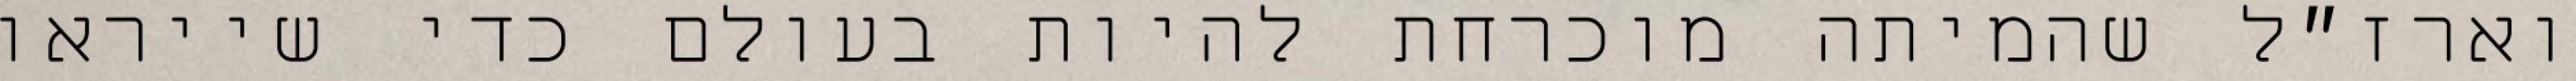
וארז״ל שהמיתה מוכרחת להיות בעולם כדי שייראו